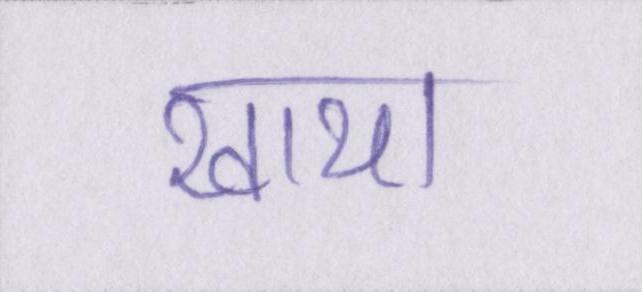
खाया